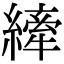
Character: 縴